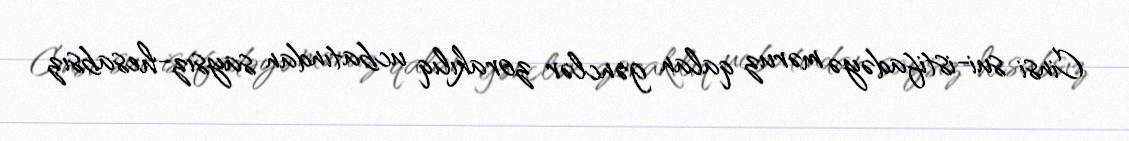
Cinsi sui-istifadəyə məruz qalan gənclər zorakılıq ucbatından saysız-hesabsız